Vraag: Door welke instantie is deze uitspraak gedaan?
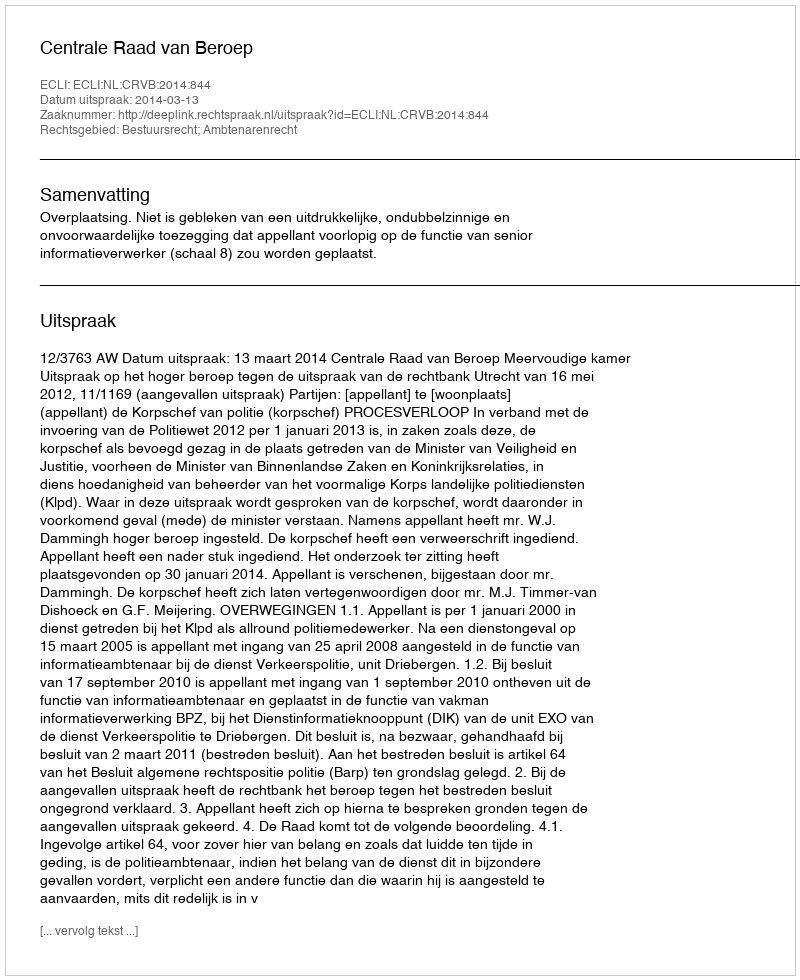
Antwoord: Centrale Raad van Beroep